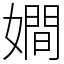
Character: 𡢃